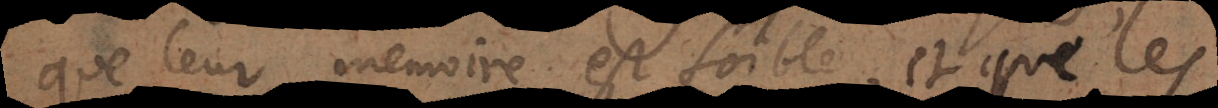
que leur memoire est foible, et que les